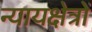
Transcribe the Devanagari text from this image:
न्यायक्षेत्रों